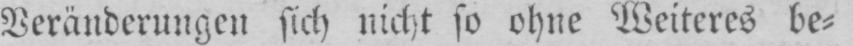
Veränderungen sich nicht so ohne Weiteres be⸗